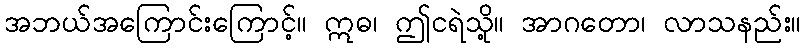
အဘယ်အကြောင်းကြောင့်။ ဣဓ၊ ဤငရဲသို့။ အာဂတော၊ လာသနည်း။